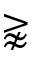
\gnapprox